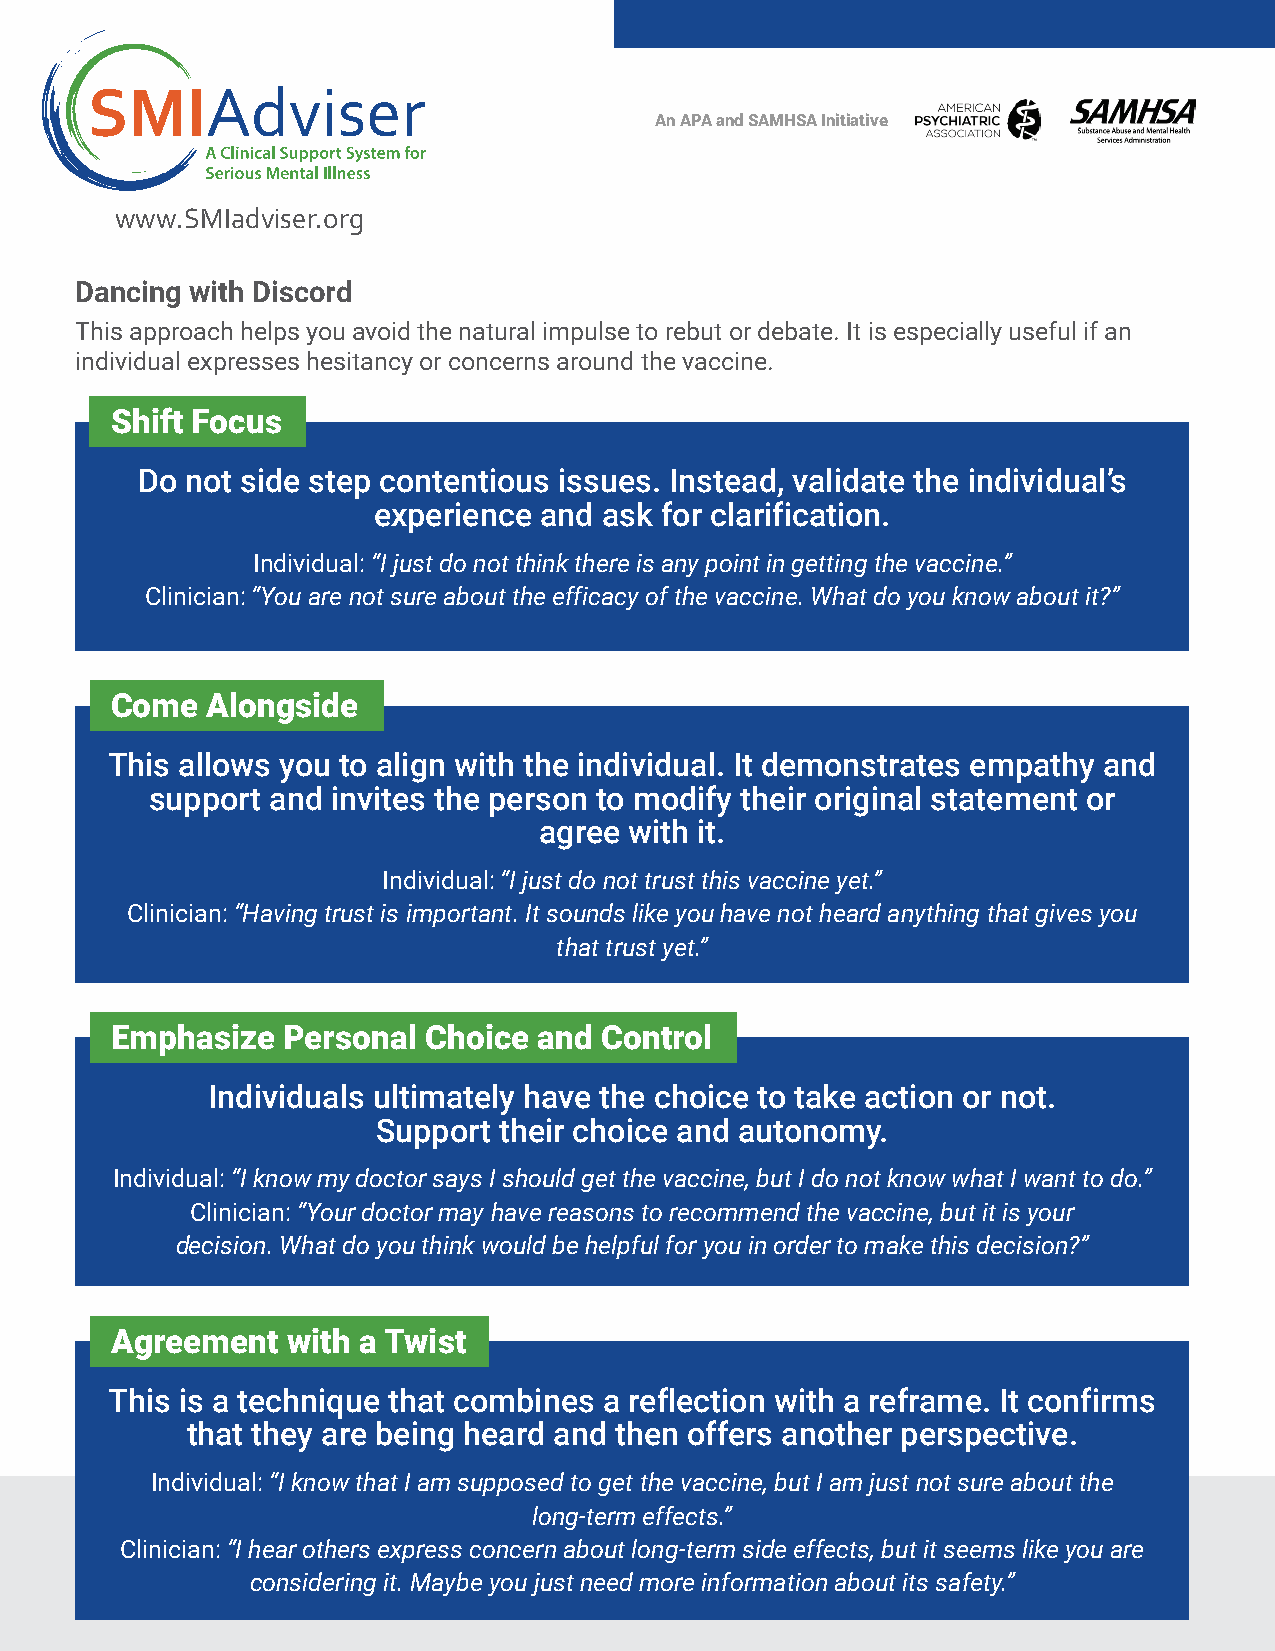
Adviser
 An APA and SAMHSA Initiative
 www.SMIadviser.org
 Dancing with Discord
 This approach helps you avoid the natural impulse to rebut or debate. It is especially useful if an
 individual expresses hesitancy or concerns around the vaccine.
 Shift Focus
 Do not side step contentious issues. Instead, validate the individual’s
 experience and ask for clarification.
 Individual: “I just do not think there is any point in getting the vaccine.”
 Clinician: “You are not sure about the efficacy of the vaccine. What do you know about it?”
 Come   Alongside
 This allows you to align with the individual. It demonstrates empathy and
 support and invites the person to modify their original statement or
 agree with it.
 Individual: “I just do not trust this vaccine yet.”
 Clinician: “Having trust is important. It sounds like you have not heard anything that gives you
 that trust yet.”
 Emphasize   Personal Choice  and Control
 Individuals ultimately have the choice to take action or not.
 Support their choice and autonomy.
 Individual: “I know my doctor says I should get the vaccine, but I do not know what I want to do.”
 Clinician: “Your doctor may have reasons to recommend the vaccine, but it is your
 decision. What do you think would be helpful for you in order to make this decision?”
 Agreement   with a Twist
 This is a technique that combines a reflection with a reframe. It confirms
 that they are being heard and then offers another perspective.
 Individual: “I know that I am supposed to get the vaccine, but I am just not sure about the
 long-term effects.”
 Clinician: “I hear others express concern about long-term side effects, but it seems like you are
 considering it. Maybe you just need more information about its safety.”